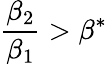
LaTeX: \frac{\beta_{2}}{\beta_{1}}>\beta^{*}